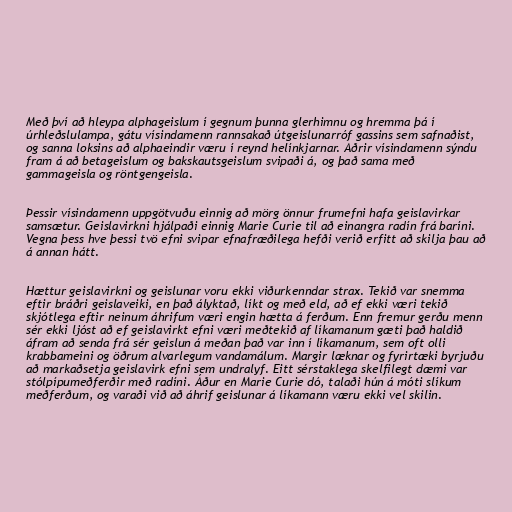
Með því að hleypa alphageislum í gegnum þunna glerhimnu og hremma þá í
úrhleðslulampa, gátu vísindamenn rannsakað útgeislunarróf gassins sem safnaðist,
og sanna loksins að alphaeindir væru í reynd helínkjarnar. Aðrir vísindamenn sýndu
fram á að betageislum og bakskautsgeislum svipaði á, og það sama með
gammageisla og röntgengeisla.

Þessir vísindamenn uppgötvuðu einnig að mörg önnur frumefni hafa geislavirkar
samsætur. Geislavirkni hjálpaði einnig Marie Curie til að einangra radín frá baríni.
Vegna þess hve þessi tvö efni svipar efnafræðilega hefði verið erfitt að skilja þau að
á annan hátt.

Hættur geislavirkni og geislunar voru ekki viðurkenndar strax. Tekið var snemma
eftir bráðri geislaveiki, en það ályktað, líkt og með eld, að ef ekki væri tekið
skjótlega eftir neinum áhrifum væri engin hætta á ferðum. Enn fremur gerðu menn
sér ekki ljóst að ef geislavirkt efni væri meðtekið af líkamanum gæti það haldið
áfram að senda frá sér geislun á meðan það var inn í líkamanum, sem oft olli
krabbameini og öðrum alvarlegum vandamálum. Margir læknar og fyrirtæki byrjuðu
að markaðsetja geislavirk efni sem undralyf. Eitt sérstaklega skelfilegt dæmi var
stólpípumeðferðir með radíni. Áður en Marie Curie dó, talaði hún á móti slíkum
meðferðum, og varaði við að áhrif geislunar á líkamann væru ekki vel skilin.